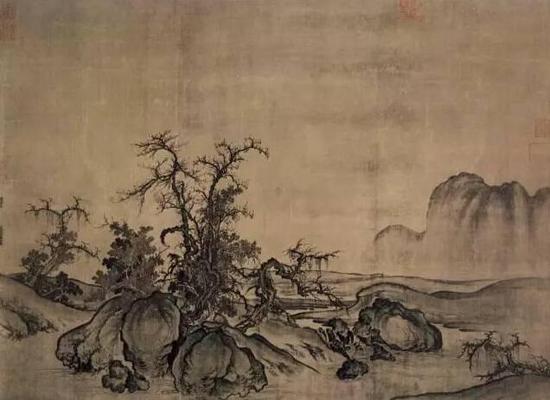
称是秦时避世人，劝酒相欢不知老。